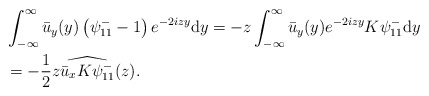
\begin{align*} &\int_{-\infty}^{\infty} \bar{u}_y(y)\left(\psi^-_{11}-1\right) e^{-2izy}\mathrm{d}y= - z \int_{-\infty}^{\infty} \bar{u}_y(y) e^{-2izy} K\psi^-_{11}\mathrm{d}y \\ & = - \frac{1}{2} z \widehat{ \bar{u}_x K \psi^-_{11}}( z).\end{align*}